255_413270_UFO's_and_Defense_What_Should_we_Prepare_For
Agency: NASA
Page 67
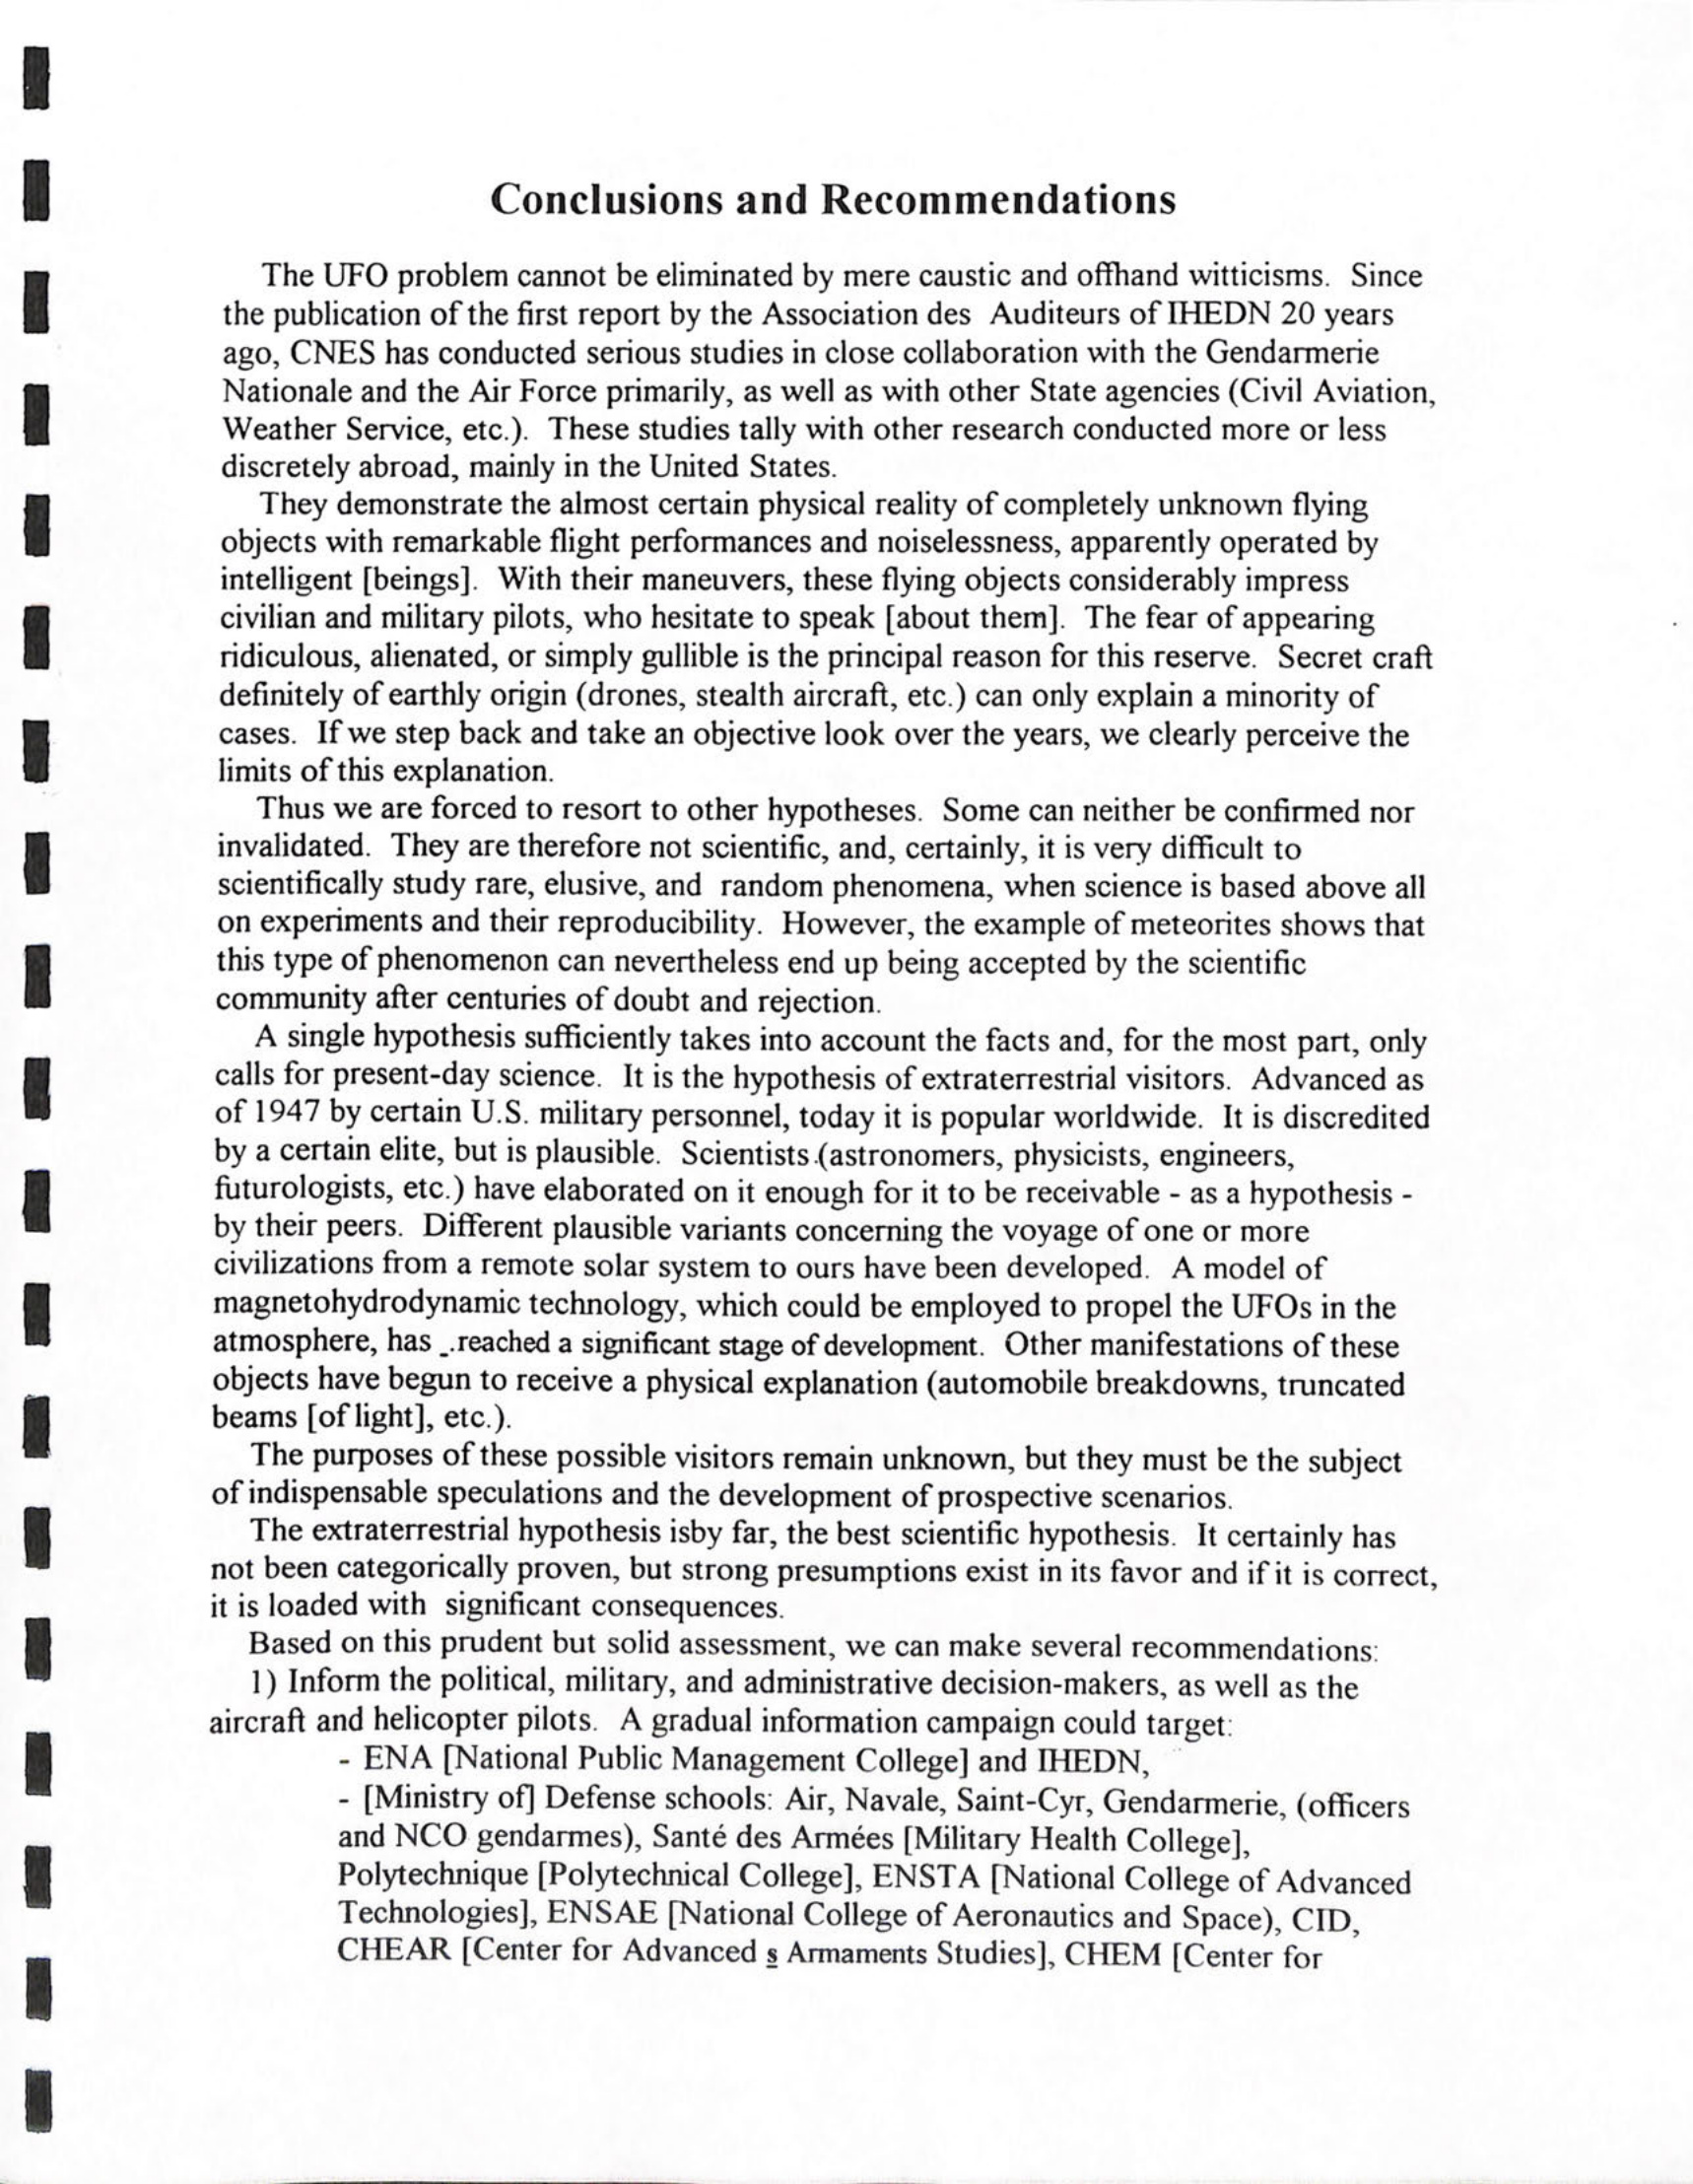